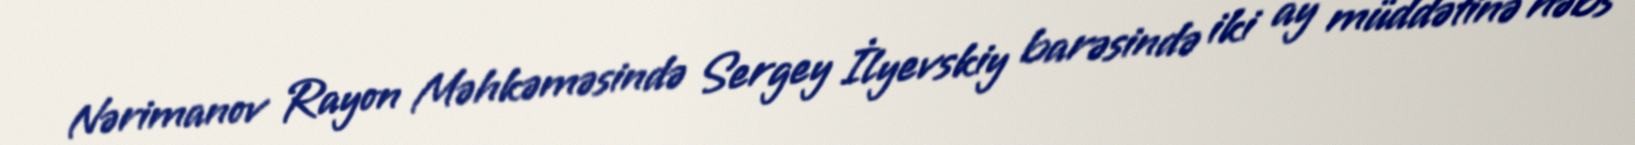
Nərimanov Rayon Məhkəməsində Sergey İlyevskiy barəsində iki ay müddətinə həbs